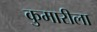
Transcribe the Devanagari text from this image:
कुमारीला